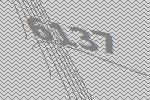
6137